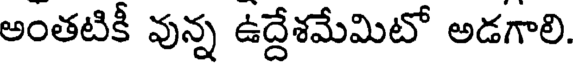
అంతటికీ వున్న ఉద్దేశమేమిటో అడగాలి.